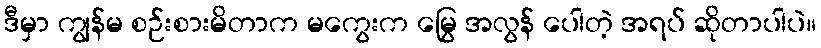
ဒီမှာ ကျွန်မ စဉ်းစားမိတာက မကွေးက မြွေ အလွန် ပေါတဲ့ အရပ် ဆိုတာပါပဲ။